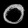
Digit: ၀